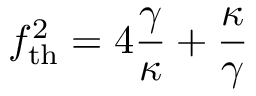
f _ { \mathrm { t h } } ^ { 2 } = 4 \frac { \gamma } { \kappa } + \frac { \kappa } { \gamma }